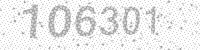
Solution: 106301